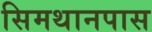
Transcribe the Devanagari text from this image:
सिमथानपास